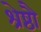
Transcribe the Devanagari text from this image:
श्रेष्ठौ